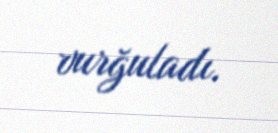
vurğuladı.